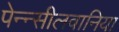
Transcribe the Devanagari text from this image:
पेन्न्सीलवानिया